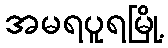
အမရပူရမြို့